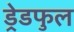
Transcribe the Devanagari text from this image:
ड्रेडफुल